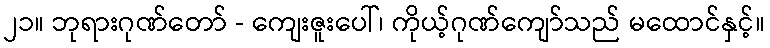
၂၁။ ဘုရားဂုဏ်တော် - ကျေးဇူးပေါ်၊ ကိုယ့်ဂုဏ်ကျော်သည် မထောင်နှင့်။